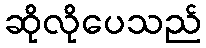
ဆိုလိုပေသည်